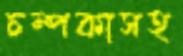
চম্পকাসহ